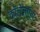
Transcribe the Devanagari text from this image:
कॉलेजऍस